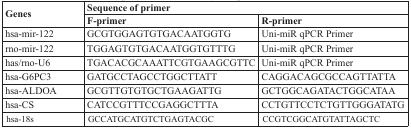
<table><thead><tr><td rowspan="2"><b>Genes</b></td><td colspan="2"><b>Sequence of primer</b></td></tr><tr><td><b>F-primer</b></td><td><b>R-primer</b></td></tr></thead><tbody><tr><td>hsa-mir-122</td><td>GCGTGGAGTGTGACAATGGTG</td><td>Uni-miR qPCR Primer</td></tr><tr><td>rno-mir-122</td><td>TGGAGTGTGACAATGGTGTTTG</td><td>Uni-miR qPCR Primer</td></tr><tr><td>has/rno-U6</td><td>TGACACGCAAATTCGTGAAGCGTTC</td><td>Uni-miR qPCR Primer</td></tr><tr><td>hsa-G6PC3</td><td>GATGCCTAGCCTGGCTTATT</td><td>CAGGACAGCGCCAGTTATTA</td></tr><tr><td>hsa-ALDOA</td><td>GCGTTGTGTGCTGAAGATTG</td><td>GCTGGCAGATACTGGCATAA</td></tr><tr><td>hsa-CS</td><td>CATCCGTTTCCGAGGCTTTA</td><td>CCTGTTCCTCTGTTGGGATATG</td></tr><tr><td>hsa-18s</td><td>GCCATGCATGTCTGAGTACGC</td><td>CCGTCGGCATGTATTAGCTC</td></tr></tbody></table>